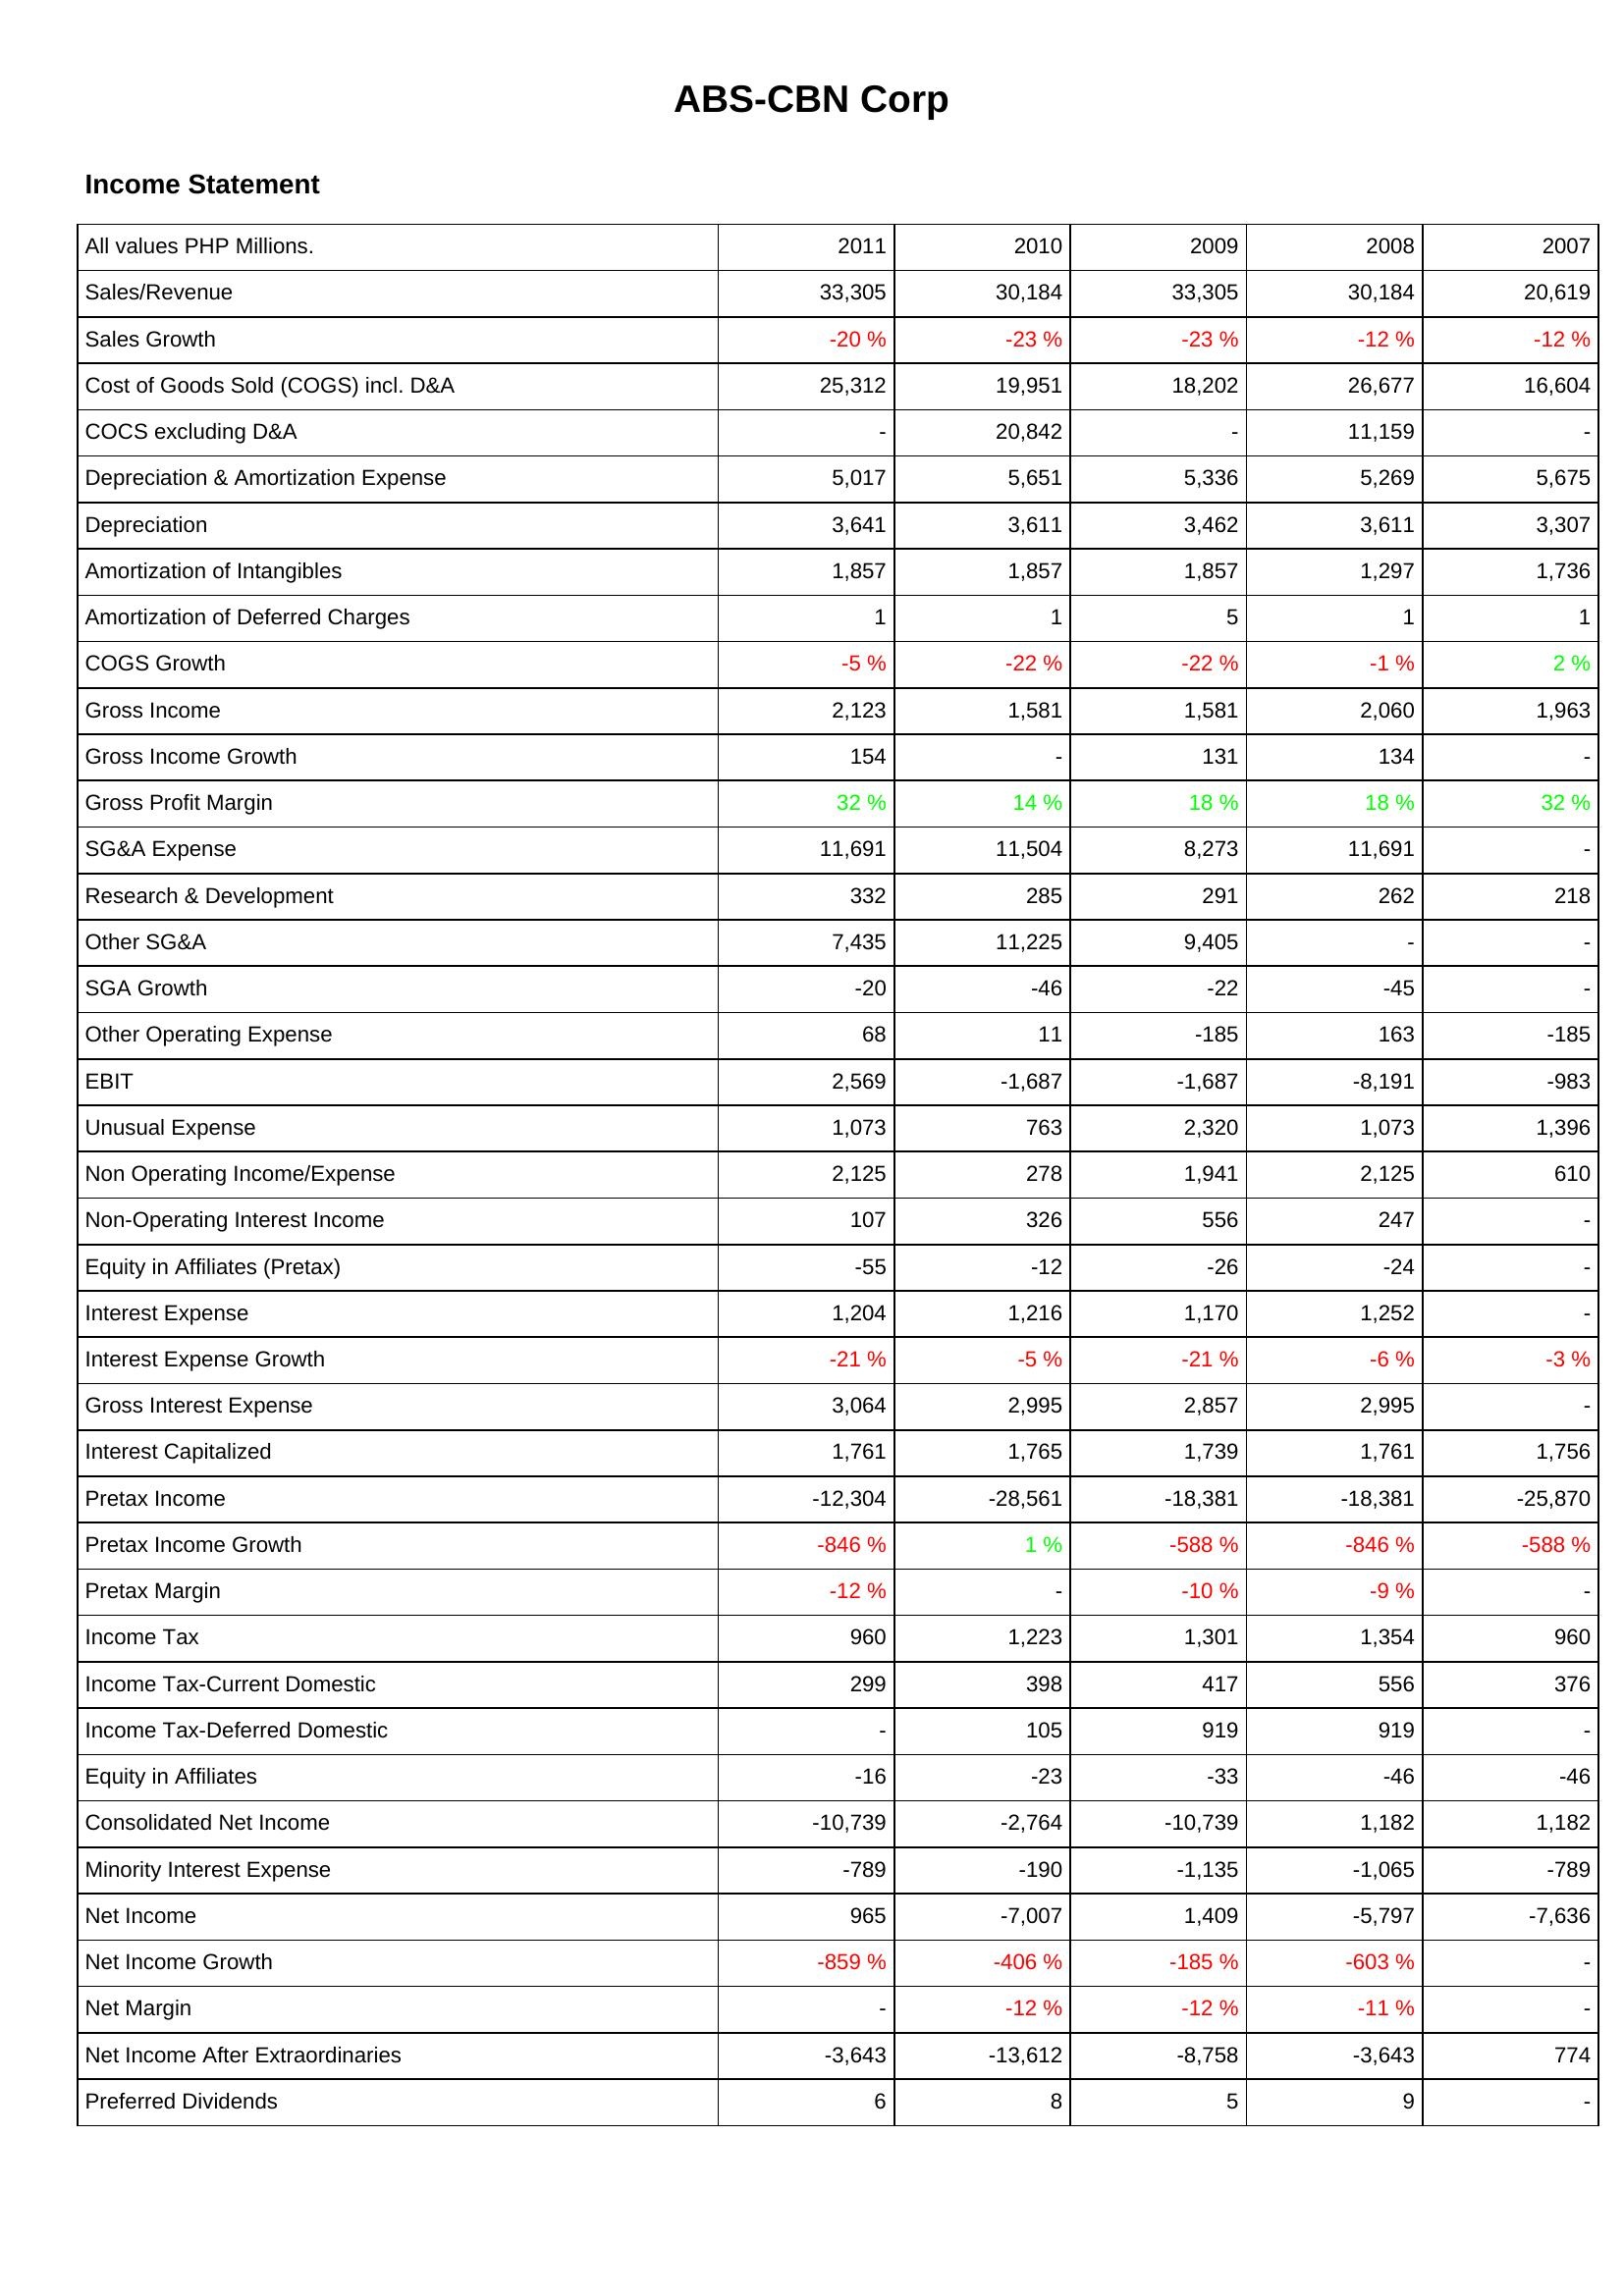
2011: Income Statement: Sales/Revenue: 33,305
Sales Growth: -20 %
Cost of Goods Sold (COGS) incl. D&A: 25,312
COCS excluding D&A: -
Depreciation & Amortization Expense: 5,017
Depreciation: 3,641
Amortization of Intangibles: 1,857
Amortization of Deferred Charges: 1
COGS Growth: -5 %
Gross Income: 2,123
Gross Income Growth: 154
Gross Profit Margin: 32 %
SG&A Expense: 11,691
Research & Development: 332
Other SG&A: 7,435
SGA Growth: -20
Other Operating Expense: 68
EBIT: 2,569
Unusual Expense: 1,073
Non Operating Income/Expense: 2,125
Non-Operating Interest Income: 107
Equity in Affiliates (Pretax): -55
Interest Expense: 1,204
Interest Expense Growth: -21 %
Gross Interest Expense: 3,064
Interest Capitalized: 1,761
Pretax Income: -12,304
Pretax Income Growth: -846 %
Pretax Margin: -12 %
Income Tax: 960
Income Tax-Current Domestic: 299
Income Tax-Deferred Domestic: -
Equity in Affiliates: -16
Consolidated Net Income: -10,739
Minority Interest Expense: -789
Net Income: 965
Net Income Growth: -859 %
Net Margin: -
Net Income After Extraordinaries: -3,643
Preferred Dividends: 6
2010: Income Statement: Sales/Revenue: 30,184
Sales Growth: -23 %
Cost of Goods Sold (COGS) incl. D&A: 19,951
COCS excluding D&A: 20,842
Depreciation & Amortization Expense: 5,651
Depreciation: 3,611
Amortization of Intangibles: 1,857
Amortization of Deferred Charges: 1
COGS Growth: -22 %
Gross Income: 1,581
Gross Income Growth: -
Gross Profit Margin: 14 %
SG&A Expense: 11,504
Research & Development: 285
Other SG&A: 11,225
SGA Growth: -46
Other Operating Expense: 11
EBIT: -1,687
Unusual Expense: 763
Non Operating Income/Expense: 278
Non-Operating Interest Income: 326
Equity in Affiliates (Pretax): -12
Interest Expense: 1,216
Interest Expense Growth: -5 %
Gross Interest Expense: 2,995
Interest Capitalized: 1,765
Pretax Income: -28,561
Pretax Income Growth: 1 %
Pretax Margin: -
Income Tax: 1,223
Income Tax-Current Domestic: 398
Income Tax-Deferred Domestic: 105
Equity in Affiliates: -23
Consolidated Net Income: -2,764
Minority Interest Expense: -190
Net Income: -7,007
Net Income Growth: -406 %
Net Margin: -12 %
Net Income After Extraordinaries: -13,612
Preferred Dividends: 8
2009: Income Statement: Sales/Revenue: 33,305
Sales Growth: -23 %
Cost of Goods Sold (COGS) incl. D&A: 18,202
COCS excluding D&A: -
Depreciation & Amortization Expense: 5,336
Depreciation: 3,462
Amortization of Intangibles: 1,857
Amortization of Deferred Charges: 5
COGS Growth: -22 %
Gross Income: 1,581
Gross Income Growth: 131
Gross Profit Margin: 18 %
SG&A Expense: 8,273
Research & Development: 291
Other SG&A: 9,405
SGA Growth: -22
Other Operating Expense: -185
EBIT: -1,687
Unusual Expense: 2,320
Non Operating Income/Expense: 1,941
Non-Operating Interest Income: 556
Equity in Affiliates (Pretax): -26
Interest Expense: 1,170
Interest Expense Growth: -21 %
Gross Interest Expense: 2,857
Interest Capitalized: 1,739
Pretax Income: -18,381
Pretax Income Growth: -588 %
Pretax Margin: -10 %
Income Tax: 1,301
Income Tax-Current Domestic: 417
Income Tax-Deferred Domestic: 919
Equity in Affiliates: -33
Consolidated Net Income: -10,739
Minority Interest Expense: -1,135
Net Income: 1,409
Net Income Growth: -185 %
Net Margin: -12 %
Net Income After Extraordinaries: -8,758
Preferred Dividends: 5
2008: Income Statement: Sales/Revenue: 30,184
Sales Growth: -12 %
Cost of Goods Sold (COGS) incl. D&A: 26,677
COCS excluding D&A: 11,159
Depreciation & Amortization Expense: 5,269
Depreciation: 3,611
Amortization of Intangibles: 1,297
Amortization of Deferred Charges: 1
COGS Growth: -1 %
Gross Income: 2,060
Gross Income Growth: 134
Gross Profit Margin: 18 %
SG&A Expense: 11,691
Research & Development: 262
Other SG&A: -
SGA Growth: -45
Other Operating Expense: 163
EBIT: -8,191
Unusual Expense: 1,073
Non Operating Income/Expense: 2,125
Non-Operating Interest Income: 247
Equity in Affiliates (Pretax): -24
Interest Expense: 1,252
Interest Expense Growth: -6 %
Gross Interest Expense: 2,995
Interest Capitalized: 1,761
Pretax Income: -18,381
Pretax Income Growth: -846 %
Pretax Margin: -9 %
Income Tax: 1,354
Income Tax-Current Domestic: 556
Income Tax-Deferred Domestic: 919
Equity in Affiliates: -46
Consolidated Net Income: 1,182
Minority Interest Expense: -1,065
Net Income: -5,797
Net Income Growth: -603 %
Net Margin: -11 %
Net Income After Extraordinaries: -3,643
Preferred Dividends: 9
2007: Income Statement: Sales/Revenue: 20,619
Sales Growth: -12 %
Cost of Goods Sold (COGS) incl. D&A: 16,604
COCS excluding D&A: -
Depreciation & Amortization Expense: 5,675
Depreciation: 3,307
Amortization of Intangibles: 1,736
Amortization of Deferred Charges: 1
COGS Growth: 2 %
Gross Income: 1,963
Gross Income Growth: -
Gross Profit Margin: 32 %
SG&A Expense: -
Research & Development: 218
Other SG&A: -
SGA Growth: -
Other Operating Expense: -185
EBIT: -983
Unusual Expense: 1,396
Non Operating Income/Expense: 610
Non-Operating Interest Income: -
Equity in Affiliates (Pretax): -
Interest Expense: -
Interest Expense Growth: -3 %
Gross Interest Expense: -
Interest Capitalized: 1,756
Pretax Income: -25,870
Pretax Income Growth: -588 %
Pretax Margin: -
Income Tax: 960
Income Tax-Current Domestic: 376
Income Tax-Deferred Domestic: -
Equity in Affiliates: -46
Consolidated Net Income: 1,182
Minority Interest Expense: -789
Net Income: -7,636
Net Income Growth: -
Net Margin: -
Net Income After Extraordinaries: 774
Preferred Dividends: -